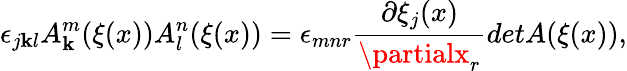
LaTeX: \epsilon_{j\mathbf{k}l}A_{\mathbf{k}}^{m}(\xi(x))A_{l}^{n}(\xi(x))=\epsilon_{mnr}\frac{{\partial\xi_{j}(x)}}{{\partialx_{r}}}detA(\xi(x)),